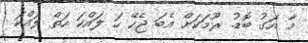
މާ އަގު ބޮޑު. ރޫމަކަށް އެބަ ޖެހޭ ހަ ލައްކަ ހަތް ލައްކަ